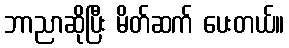
ဘာညာဆိုပြီး မိတ်ဆက် ပေးတယ်။